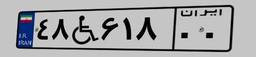
۵۷W۷۷۷۰۱